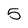
Character: 5